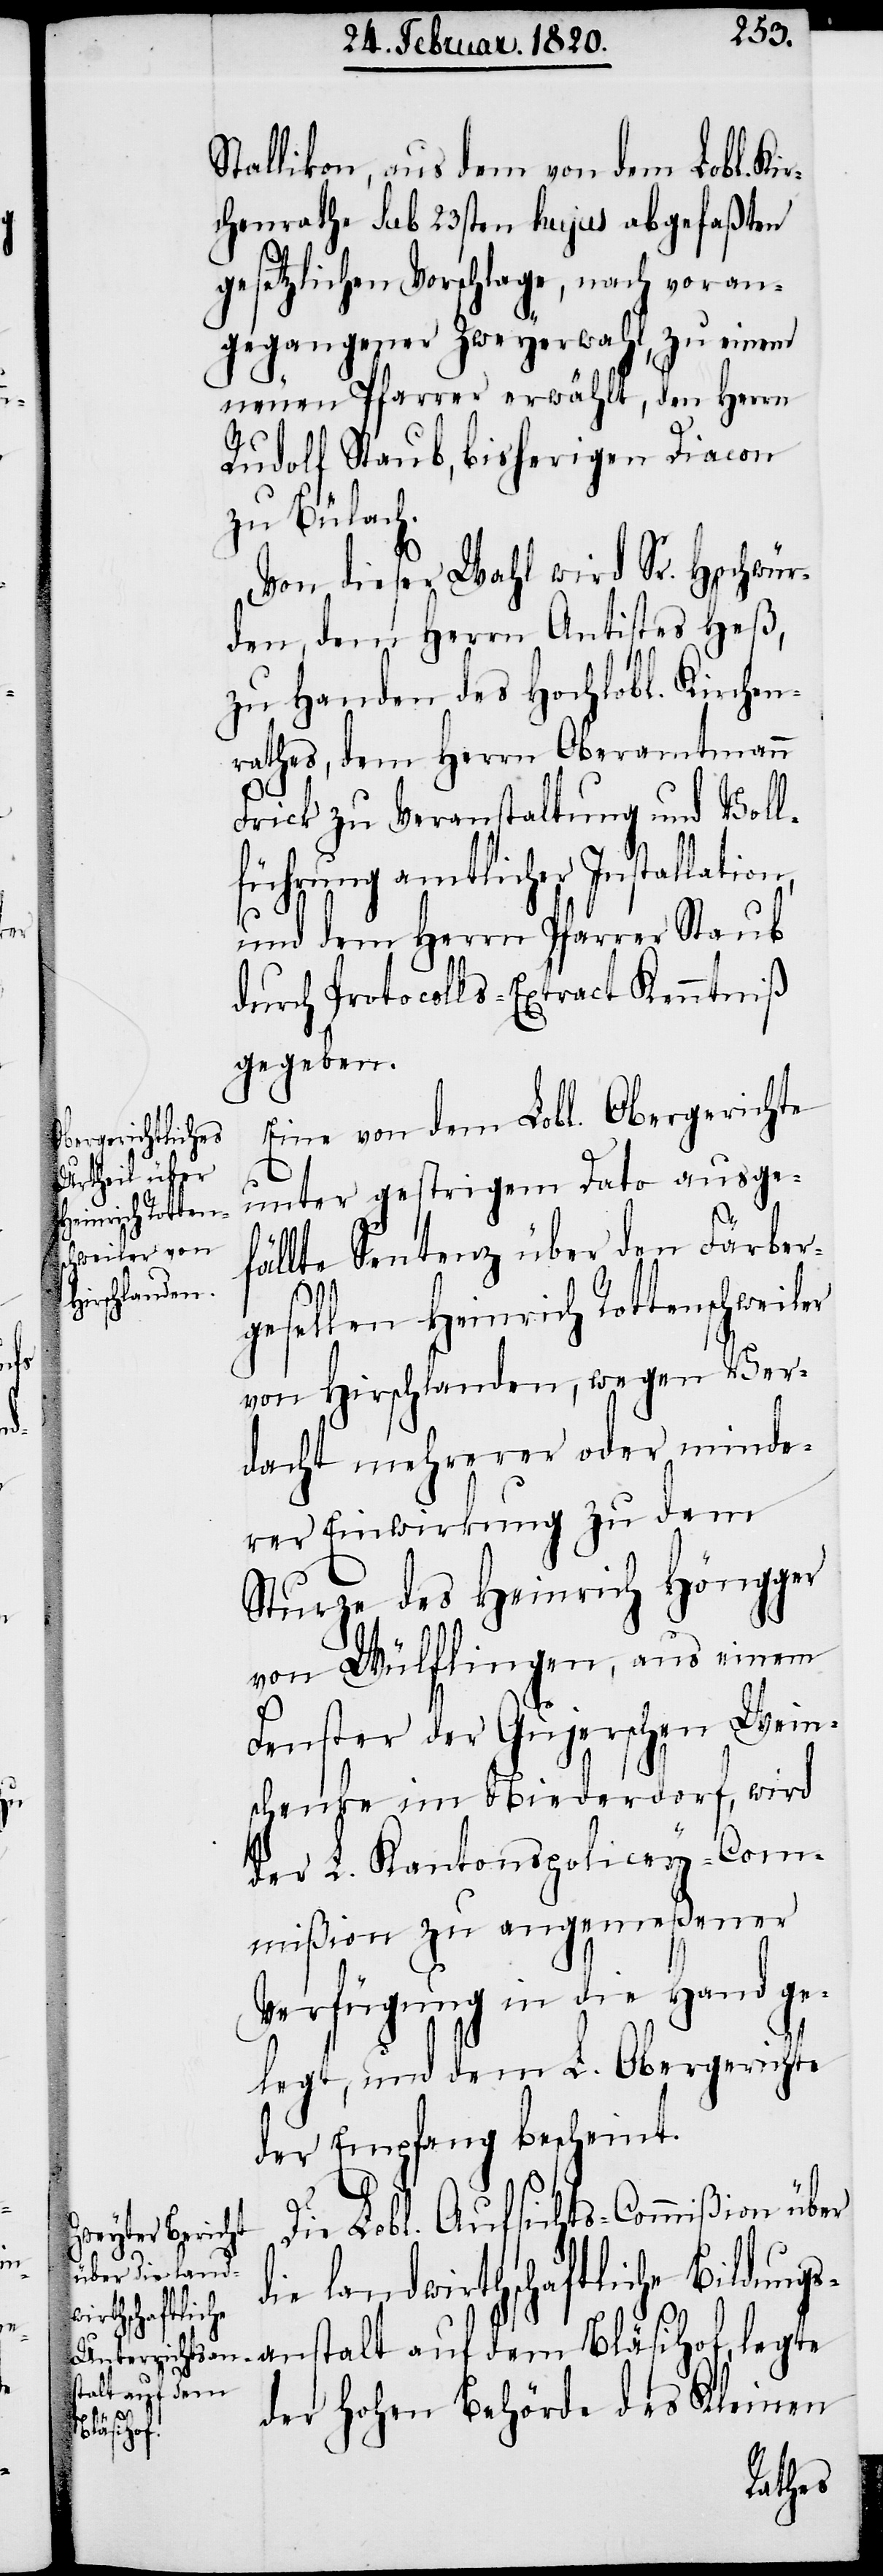
Stallikon, aus dem von dem Lobl. Kir¬
chenrathe sub 23sten hujus abgefaßten
gesetzlichen Vorschlage, nach voran¬
gegangener Zweyerwahl, zu einem
neuen Pfarrer erwählt, den Herrn
Rudolf Staub, bisherigen Diacon
zu Bülach.
Von dieser Wahl wird Sr. Hochwür¬
den, dem Herrn Antistes Heß,
zu Handen des Hochlobl. Kirchen¬
rathes, dem Herrn Oberamtmann
Frick zu Veranstaltung und Voll¬
führung amtlicher Installati¬
und dem Herrn Pfarrer Staub
durch Protocolls-Extract Kenntniß
gegeben.
Eine von dem Lobl. Obergerichte
unter gestrigem Dato ausge¬
fällte Sentenz über den Färber¬
gesellen Heinrich Rottenschweiler
von Hirschlanden, wegen Ver¬
dacht mehrerer oder minde¬
rer Einwirkung zu dem
Sturze des Heinrich Höngger
von Wülflingen, aus einem
Fenster der Gujerschen Wein¬
schenke im Niederdorf, wird
der L. Kantonspolicey-Com¬
mißion zu angemeßener
Verfügung in die Hand ge¬
legt, und dem L. Obergerichte
der Empfang bescheint.
Die Lobl. Aufsichts-Commißion über
die landwirthschaftliche Bildungs¬
stalt auf dem
der Hohen Behörde des Kleinen
an¬
Bläsihof,